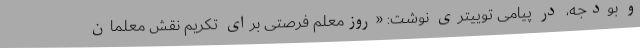
و بودجه، در پیامی توییتری نوشت: «روزمعلم فرصتی برای تکریم نقش معلمان